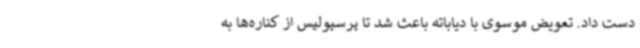
دست داد. تعویض موسوی با دیاباته باعث شد تا پرسپولیس از کناره‌ها به